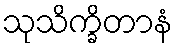
သုသိက္ခိတာနံ